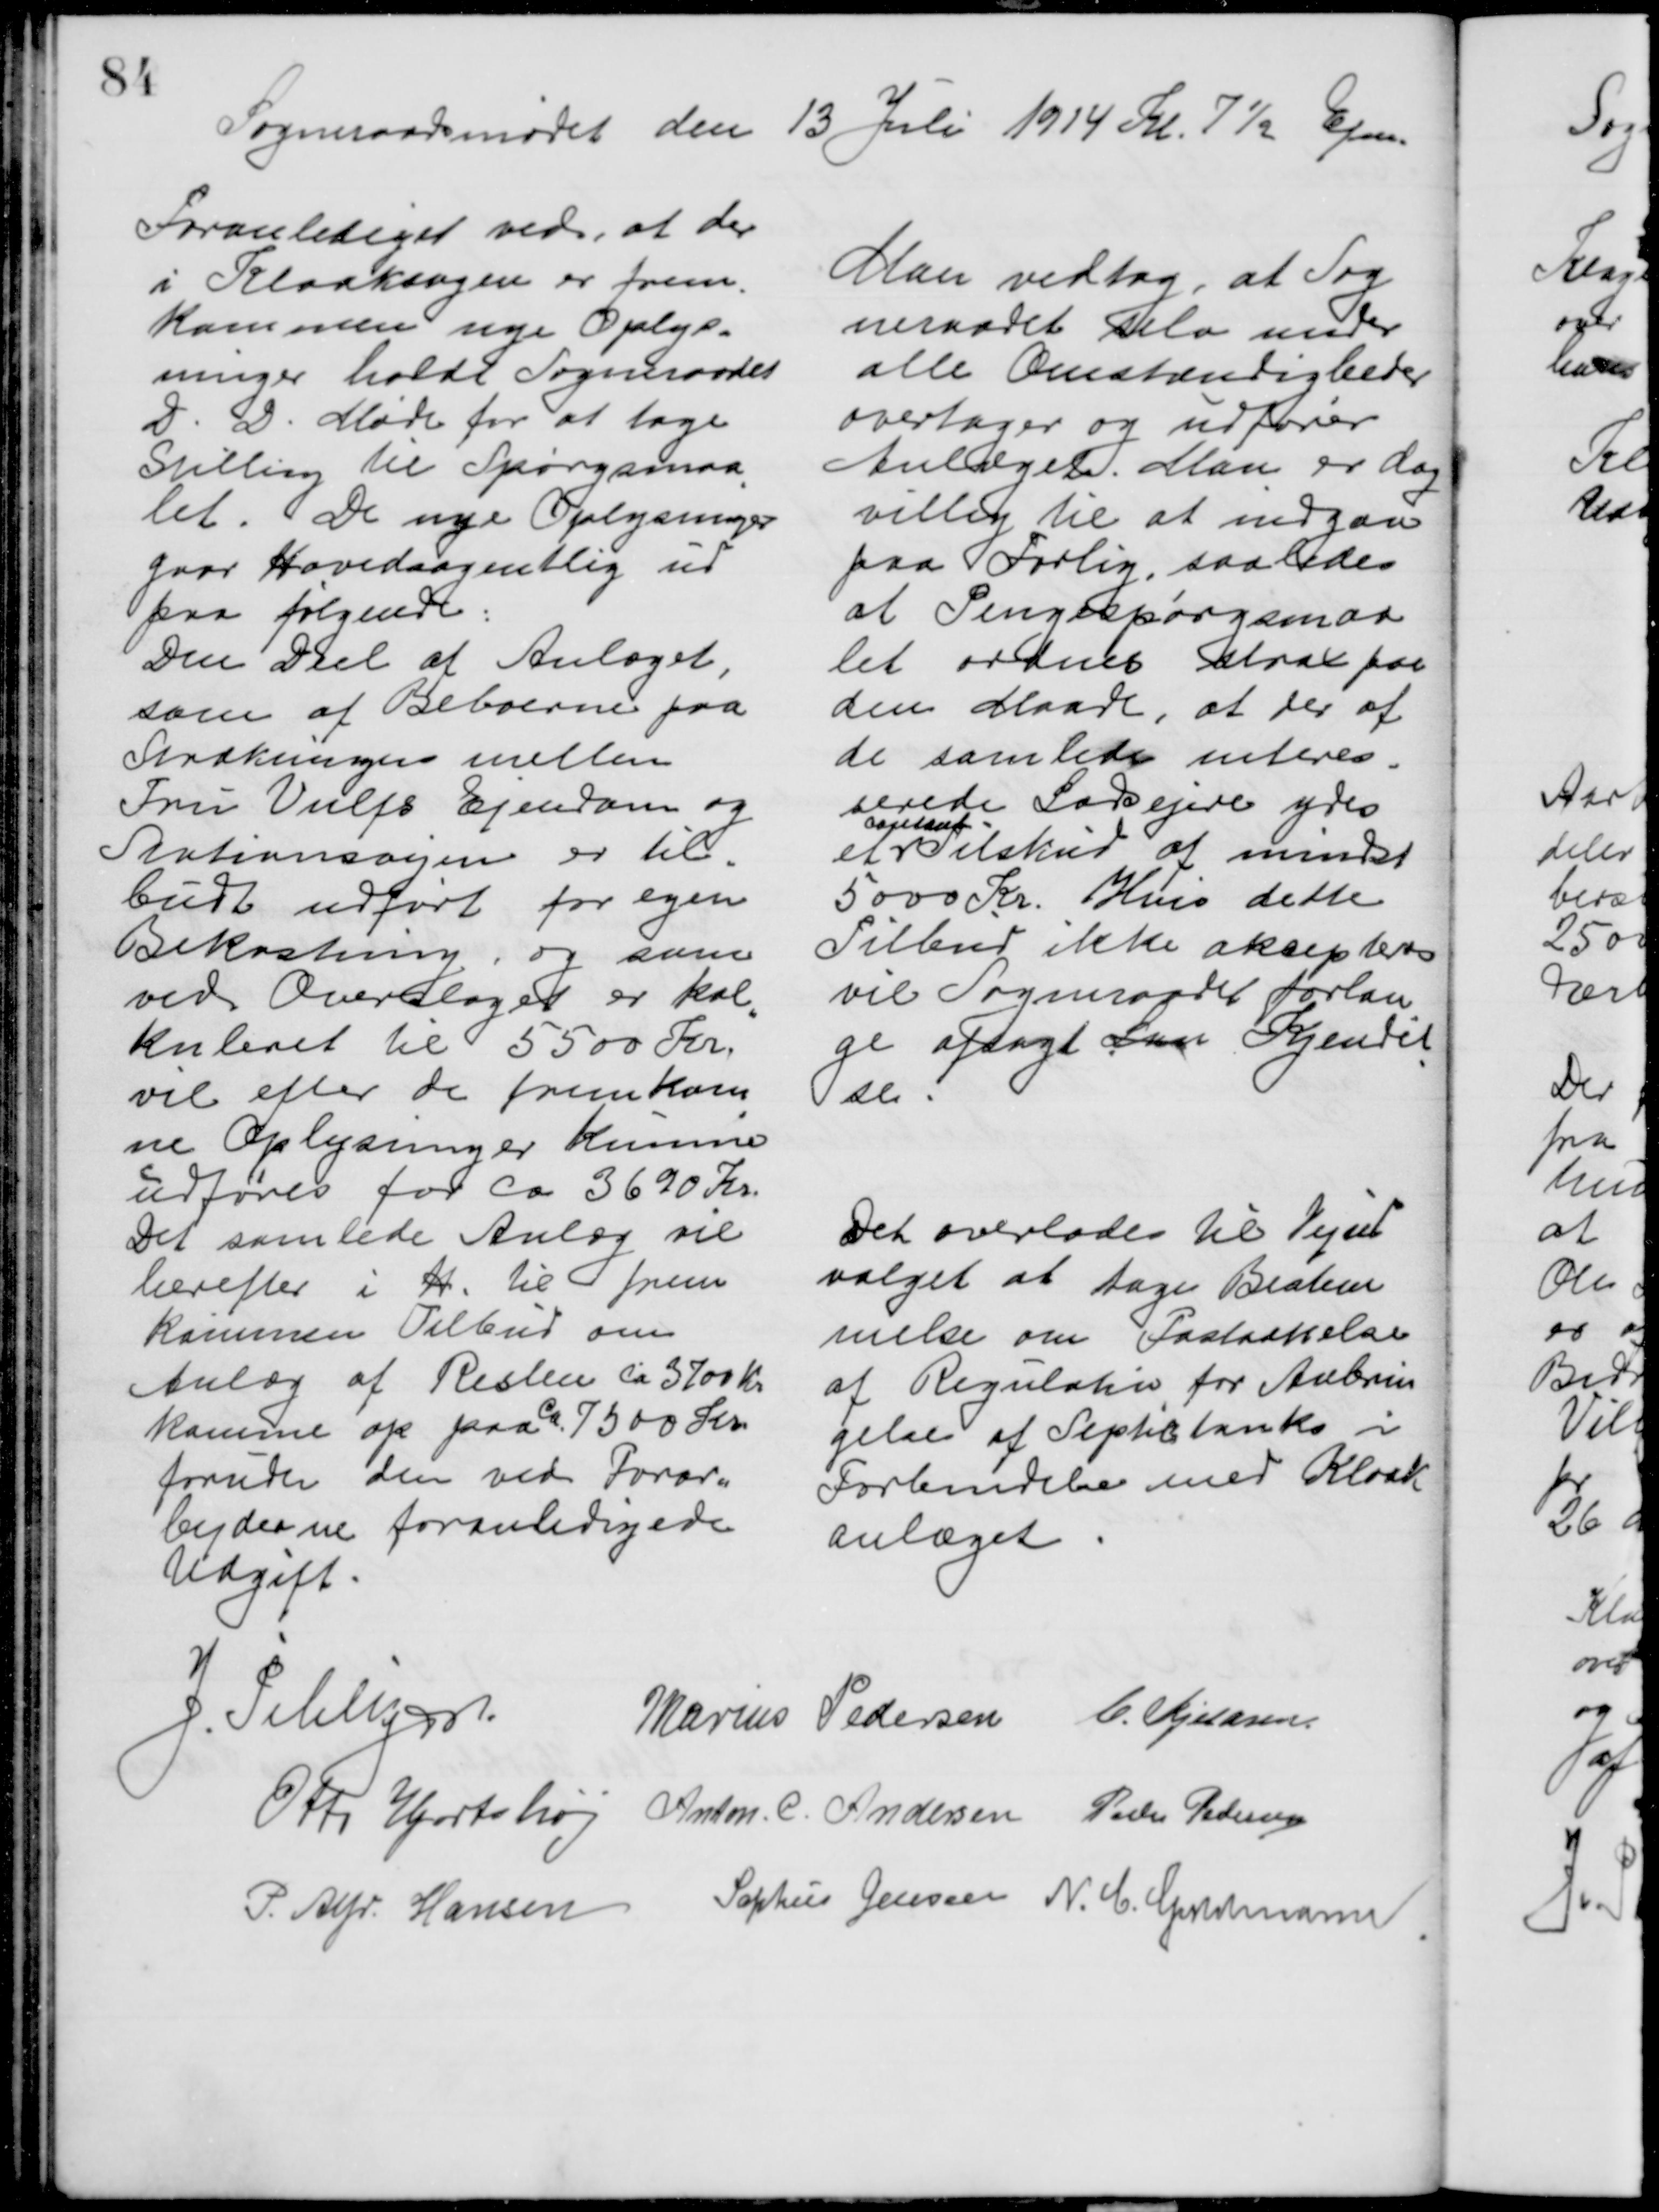
Transskription:
Sogneraadsmødet den 13 Juli 1914 Kl. 7½ Eftm.
Foranlediget ved, at der 
i Kloaksagen er frem
kommen nye Oplys=
ninger holdt Sogneraadet
D. D. Møde for at tage
Stilling til Spørgsmaa
let. De nye Oplysninger
gaar Hovedsagentlig ud
paa følgende:
Den Deel af Anlæget,
som af Beboerne paa
Strækningen mellem
Fru Vulfs Ejendom og
Stationsvejen er til
=
budt udført for egen
Bekostning, og som
ved Overslaget er kal
=
kuleret til 5500 Kr.
vil efter de fremkom
=
ne Oplysninger kunne
udføres for ca 3690 Kr.
Det samlede Anlæg vil
herefter i H. til frem
kommen Tilbud om
Anlæg af Resten Ca 3700 Kr
komme op paa Ca. 7500 Kr.
foruden den ved Forar=
bejderne foranledigede
Udgift
Man vedtog, at Sog
neraadet selv under
alle Omstændigheder
overtager og udfører
Anlæget. Man er dog
villig til at indgaa
paa Forlig, saaledes
at Pengespørgsmaa
let ordnet strax paa
den Maade, at der af
de samlede interes=
serede Lodsejere ydes
et 
contant
Tilskud af mindst
5000 Kr. Hvis dette
Tilbud ikke aksepteres
vil Sogneraadet forlan
ge afsagt Lan Kjend
=
se.
Det overlodes til Vejud 
valget at tage Bestem
melse om Fastsættelse
af Regulativ for Anbrin
gelse af Septictanke i
Forbindelse med Kloak
anlæget
J. Pihlkjær
Marius Pedersen C. Kjeldsen
Otto Hjortshøj Anton. C. Andersen Peder Pedersen
P. Alfr. Hansen Sophus Jensen N. C. Guldmann